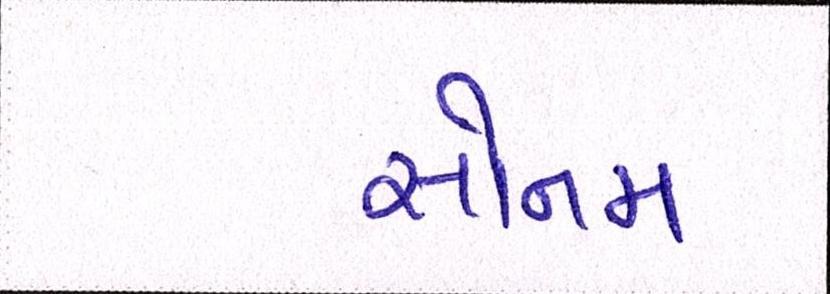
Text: સોનમ